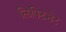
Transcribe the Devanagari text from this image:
लिफ्टिनेट